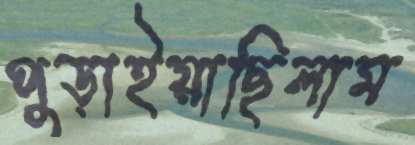
পুড়াইয়াছিলাম